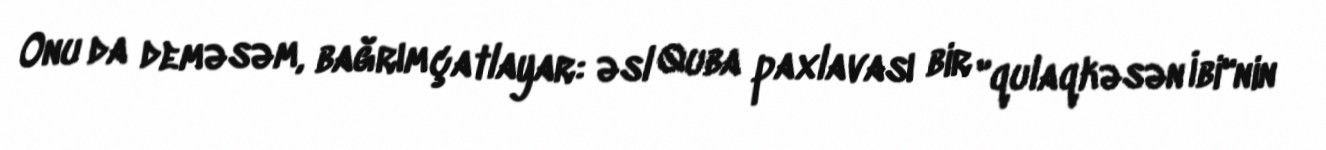
Onu da deməsəm, bağrım çatlayar: əsl Quba paxlavası bir "qulaqkəsən İbi"nin